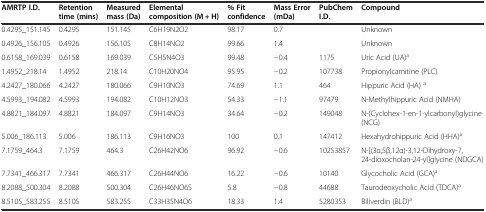
<table><thead><tr><td><b>AMRTP I.D.</b></td><td><b>Retention time (mins)</b></td><td><b>Measured mass (Da)</b></td><td><b>Elemental composition (M + H)</b></td><td><b>% Fit confidence</b></td><td><b>Mass Error (mDa)</b></td><td><b>PubChem I.D.</b></td><td><b>Compound</b></td></tr></thead><tbody><tr><td>0.4295_151.145</td><td>0.4295</td><td>151.145</td><td>C6H19N2O2</td><td>98.17</td><td>0.7</td><td></td><td>Unknown</td></tr><tr><td>0.4926_156.105</td><td>0.4926</td><td>156.105</td><td>C8H14NO2</td><td>99.66</td><td>1.4</td><td></td><td>Unknown</td></tr><tr><td>0.6158_169.039</td><td>0.6158</td><td>169.039</td><td>C5H5N4O3</td><td>99.48</td><td>−0.4</td><td>1175</td><td>Uric Acid (UA)<sup>a</sup></td></tr><tr><td>1.4952_218.14</td><td>1.4952</td><td>218.14</td><td>C10H20NO4</td><td>95.95</td><td>−0.2</td><td>107738</td><td>Propionylcarnitine (PLC)</td></tr><tr><td>4.2427_180.066</td><td>4.2427</td><td>180.066</td><td>C9H10NO3</td><td>74.69</td><td>1.1</td><td>464</td><td>Hippuric Acid (HA) <sup>a</sup></td></tr><tr><td>4.5993_194.082</td><td>4.5993</td><td>194.082</td><td>C10H12NO3</td><td>54.33</td><td>−1.1</td><td>97479</td><td>N-Methylhippuric Acid (NMHA)</td></tr><tr><td>4.8821_184.097</td><td>4.8821</td><td>184.097</td><td>C9H14NO3</td><td>34.64</td><td>−0.2</td><td>149048</td><td>N-(Cyclohex-1-en-1-ylcarbonyl)glycine (NCG)</td></tr><tr><td>5.006_186.113</td><td>5.006</td><td>186.113</td><td>C9H16NO3</td><td>100</td><td>0.1</td><td>147412</td><td>Hexahydrohippuric Acid (HHA)<sup>a</sup></td></tr><tr><td>7.1759_464.3</td><td>7.1759</td><td>464.3</td><td>C26H42NO6</td><td>96.92</td><td>−0.6</td><td>10253857</td><td>N-[(3α,5β,12α)-3,12-Dihydroxy-7,24-dioxocholan-24-yl]glycine (NDGCA)</td></tr><tr><td>7.7341_466.317</td><td>7.7341</td><td>466.317</td><td>C26H44NO6</td><td>16.22</td><td>−0.6</td><td>10140</td><td>Glycocholic Acid (GCA)<sup>a</sup></td></tr><tr><td>8.2088_500.304</td><td>8.2088</td><td>500.304</td><td>C26H46NO6S</td><td>5.8</td><td>−0.8</td><td>44688</td><td>Taurodeoxycholic Acid (TDCA)<sup>a</sup></td></tr><tr><td>8.5105_583.255</td><td>8.5105</td><td>583.255</td><td>C33H35N4O6</td><td>18.33</td><td>1.4</td><td>5280353</td><td>Biliverdin (BLD)<sup>a</sup></td></tr></tbody></table>